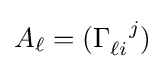
A_{\ell }=(\Gamma _{\ell i}^{\ \ j})